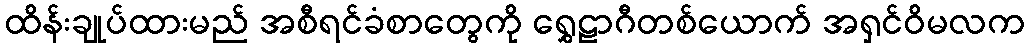
ထိန်းချုပ်ထားမည် အစီရင်ခံစာတွေကို ရွှေဠာဂီတစ်ယောက် အရှင်ဝိမလက